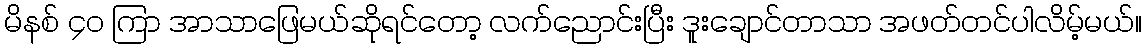
မိနစ် ၄၀ ကြာ အာသာဖြေမယ်ဆိုရင်တော့ လက်ညောင်းပြီး ဒူးချောင်တာသာ အဖတ်တင်ပါလိမ့်မယ်။